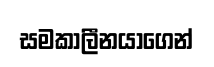
සමකාලීනයාගෙන්